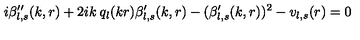
i \beta _ { l , s } ^ { \prime \prime } ( k , r ) + 2 i k \: q _ { l } ( k r ) \beta _ { l , s } ^ { \prime } ( k , r ) - ( \beta _ { l , s } ^ { \prime } ( k , r ) ) ^ { 2 } - v _ { l , s } ( r ) = 0